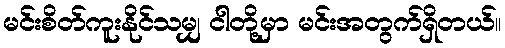
မင်းစိတ်ကူးနိုင်သမျှ ငါတို့မှာ မင်းအတွက်ရှိတယ်။